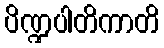
ပိဏ္ဍပါတိကာတိ